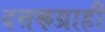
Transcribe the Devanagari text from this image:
दत्तकग्राही